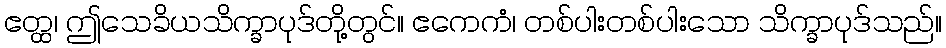
ဧတ္ထ၊ ဤသေခိယသိက္ခာပုဒ်တို့တွင်။ ဧကေကံ၊ တစ်ပါးတစ်ပါးသော သိက္ခာပုဒ်သည်။